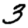
Digit: 3